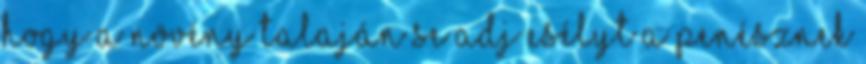
hogy a növény talaján se adj esélyt a penésznek